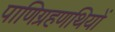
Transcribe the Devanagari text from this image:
पाणिग्रहणथियों